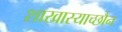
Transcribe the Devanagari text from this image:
शाखास्याच्छौन